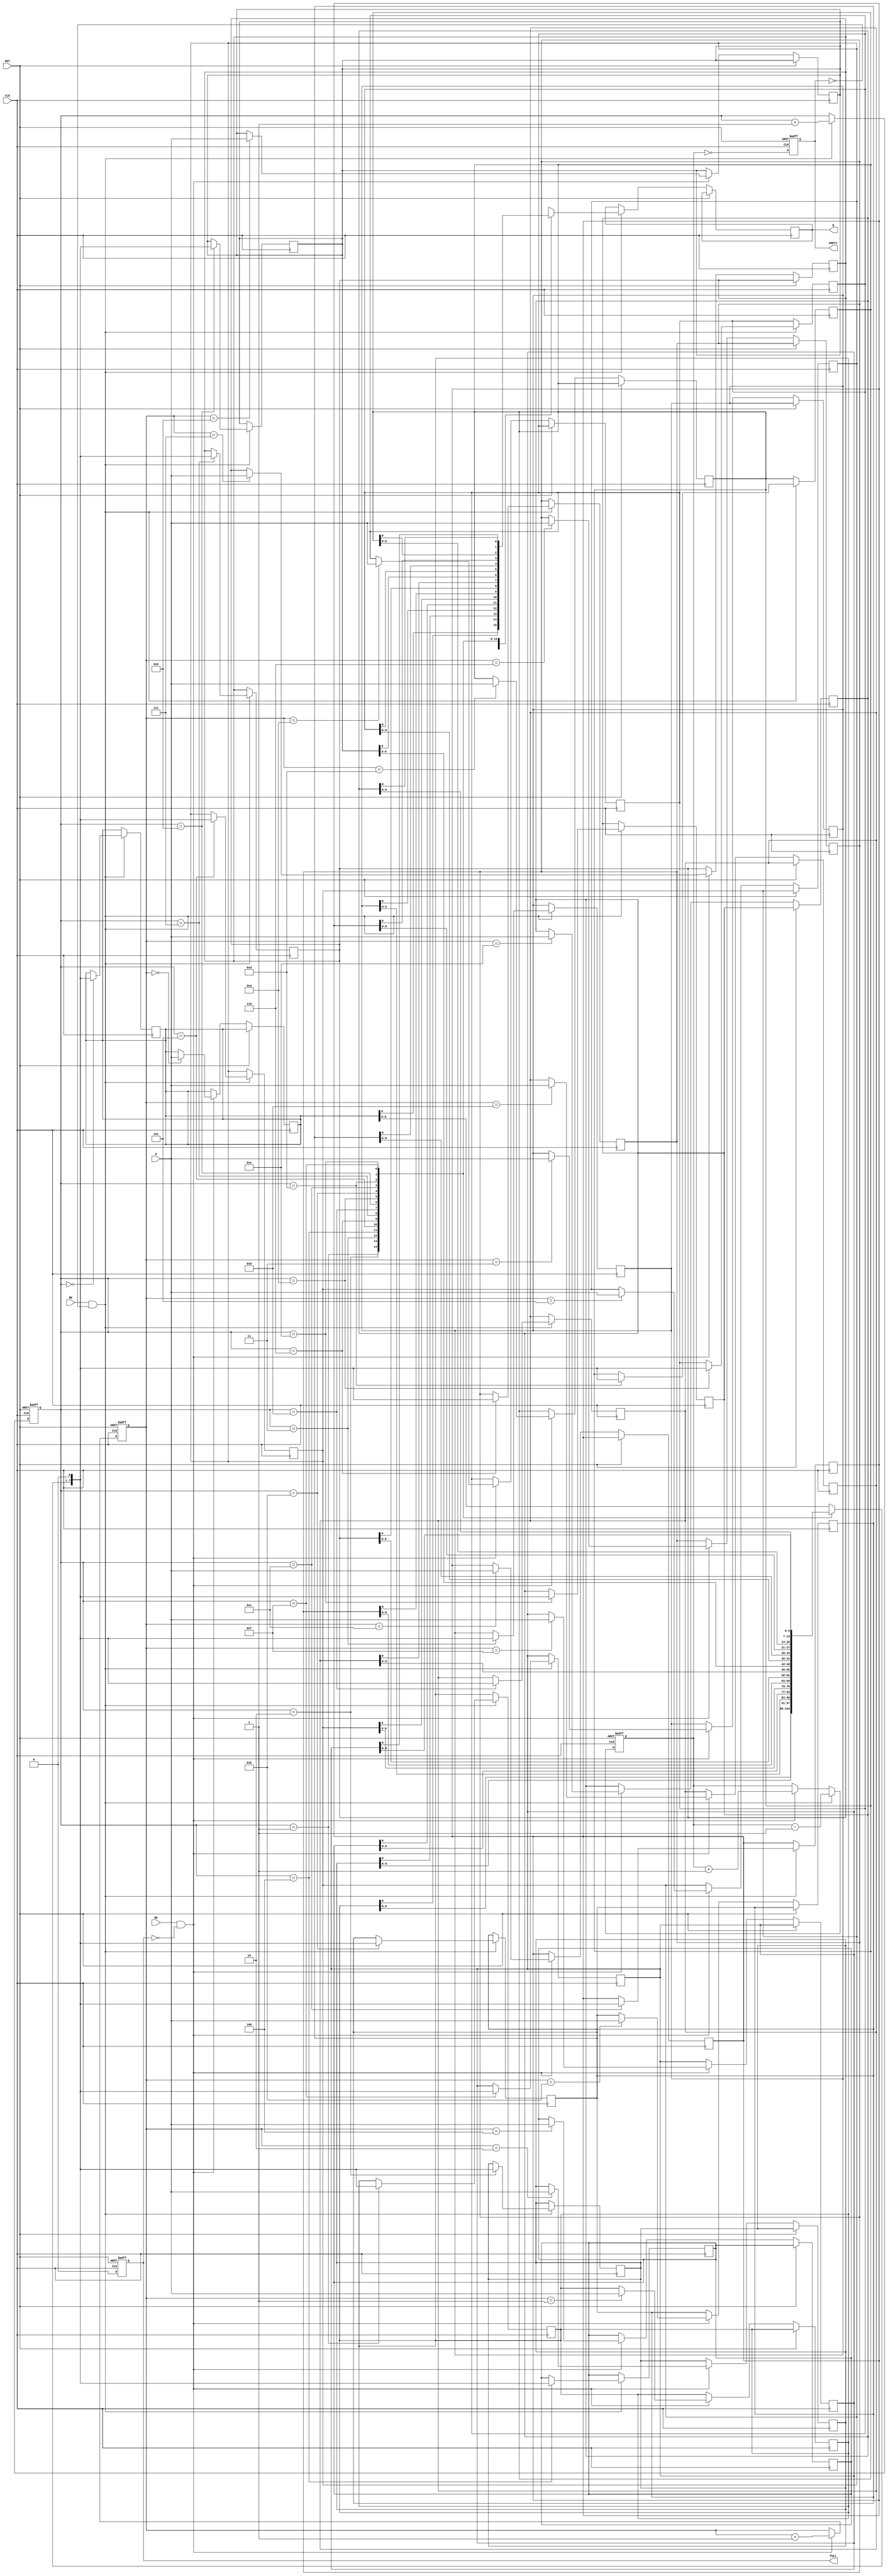
module fifo_piso #(
    parameter WIDTH = 8,  // Width of parallel input data
    parameter DEPTH = 16   // Number of FIFO entries
)(
    input wire [WIDTH-1:0] D,        // Parallel Data Input
    input wire WE,                    // Write Enable
    input wire RE,                    // Read Enable
    input wire CLK,                   // Clock
    input wire RST,                   // Reset
    output reg Q,                     // Serial Data Output
    output reg EMPTY,                 // Empty Flag
    output reg FULL                   // Full Flag
);

    // Internal storage array
    reg [WIDTH-1:0] fifo_mem [0:DEPTH-1]; // FIFO storage
    reg [$clog2(DEPTH)-1:0] write_pointer; // Write pointer
    reg [$clog2(DEPTH)-1:0] read_pointer;  // Read pointer
    reg [3:0] count;                        // Count of elements in FIFO

    // Asynchronous reset
    always @(posedge CLK or posedge RST) begin
        if (RST) begin
            write_pointer <= 0;
            read_pointer <= 0;
            count <= 0;
            EMPTY <= 1;
            FULL <= 0;
        end else begin
            // Write operation
            if (WE && !FULL) begin
                fifo_mem[write_pointer] <= D;
                write_pointer <= write_pointer + 1;
                count <= count + 1;
            end
            
            // Read operation
            if (RE && !EMPTY) begin
                Q <= fifo_mem[read_pointer][0]; // Output the least significant bit
                read_pointer <= read_pointer + 1;
                count <= count - 1;
            end

            // Update EMPTY and FULL flags
            EMPTY <= (count == 0);
            FULL <= (count == DEPTH);
        end
    end

    // Shift the bits for serial output
    always @(posedge CLK) begin
        if (RE && !EMPTY) begin
            // Shift the output data for serial reading
            fifo_mem[read_pointer] <= {fifo_mem[read_pointer][WIDTH-2:0], 1'b0}; // Shift left
        end
    end

endmodule